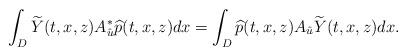
LaTeX: \begin{align*}\int_{D} \widetilde{Y}(t,x,z)A_{\hat{u}}^{*}\widehat{p}(t,x,z)dx =\int_{D} \widehat{p}(t,x,z)A_{\hat{u}}\widetilde{Y}(t,x,z)dx.\end{align*}